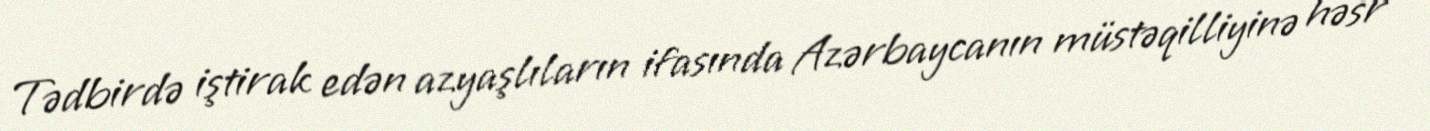
Tədbirdə iştirak edən azyaşlıların ifasında Azərbaycanın müstəqilliyinə həsr